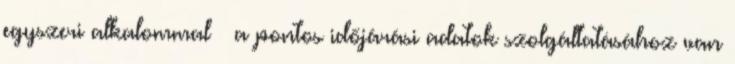
egyszeri alkalommal – a pontos időjárási adatok szolgáltatásához van